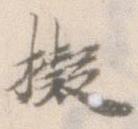
擬